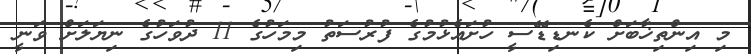
މި އިންތިޚާބަށް ކެނޑިޑޭސީ ހުށައެޅުމުގެ ފުރުސަތު މިމަހުގެ 11 ދުވަހުގެ ނިޔަލަށް ވަނީ